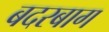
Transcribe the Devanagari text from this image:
बदरबाग